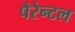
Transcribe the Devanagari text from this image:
पैरेन्टल